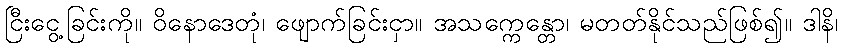
ငြီးငွေ့ခြင်းကို။ ဝိနောဒေတုံ၊ ဖျောက်ခြင်းငှာ။ အသက္ကေန္တော၊ မတတ်နိုင်သည်ဖြစ်၍။ ဒါနိ၊